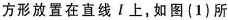
方形放置在直线l上，如图(1)所